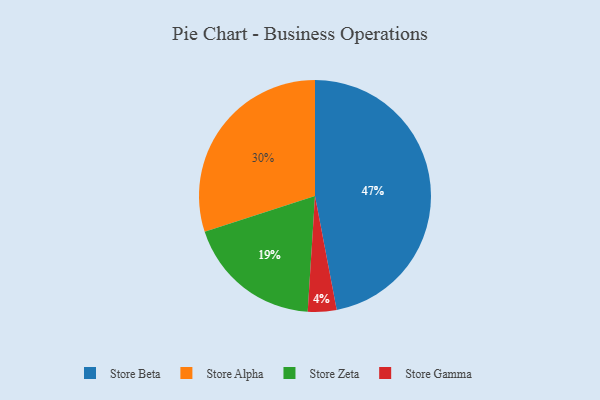
{"axis": {"x": "Category", "y": "Percentage"}, "legend": ["Store Alpha", "Store Beta", "Store Gamma", "Store Zeta"], "data": [{"x": "Store Beta", "y": 47, "type": "Store Beta"}, {"x": "Store Gamma", "y": 4, "type": "Store Gamma"}, {"x": "Store Zeta", "y": 19, "type": "Store Zeta"}, {"x": "Store Alpha", "y": 30, "type": "Store Alpha"}]}